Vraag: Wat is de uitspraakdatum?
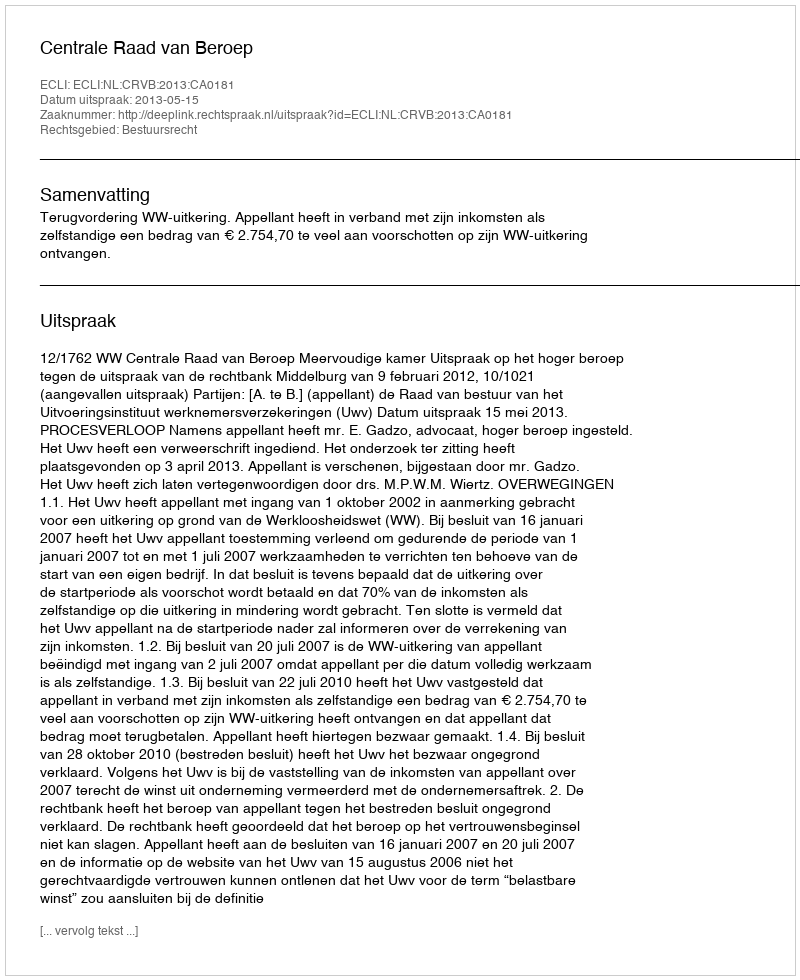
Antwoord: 2013-05-15